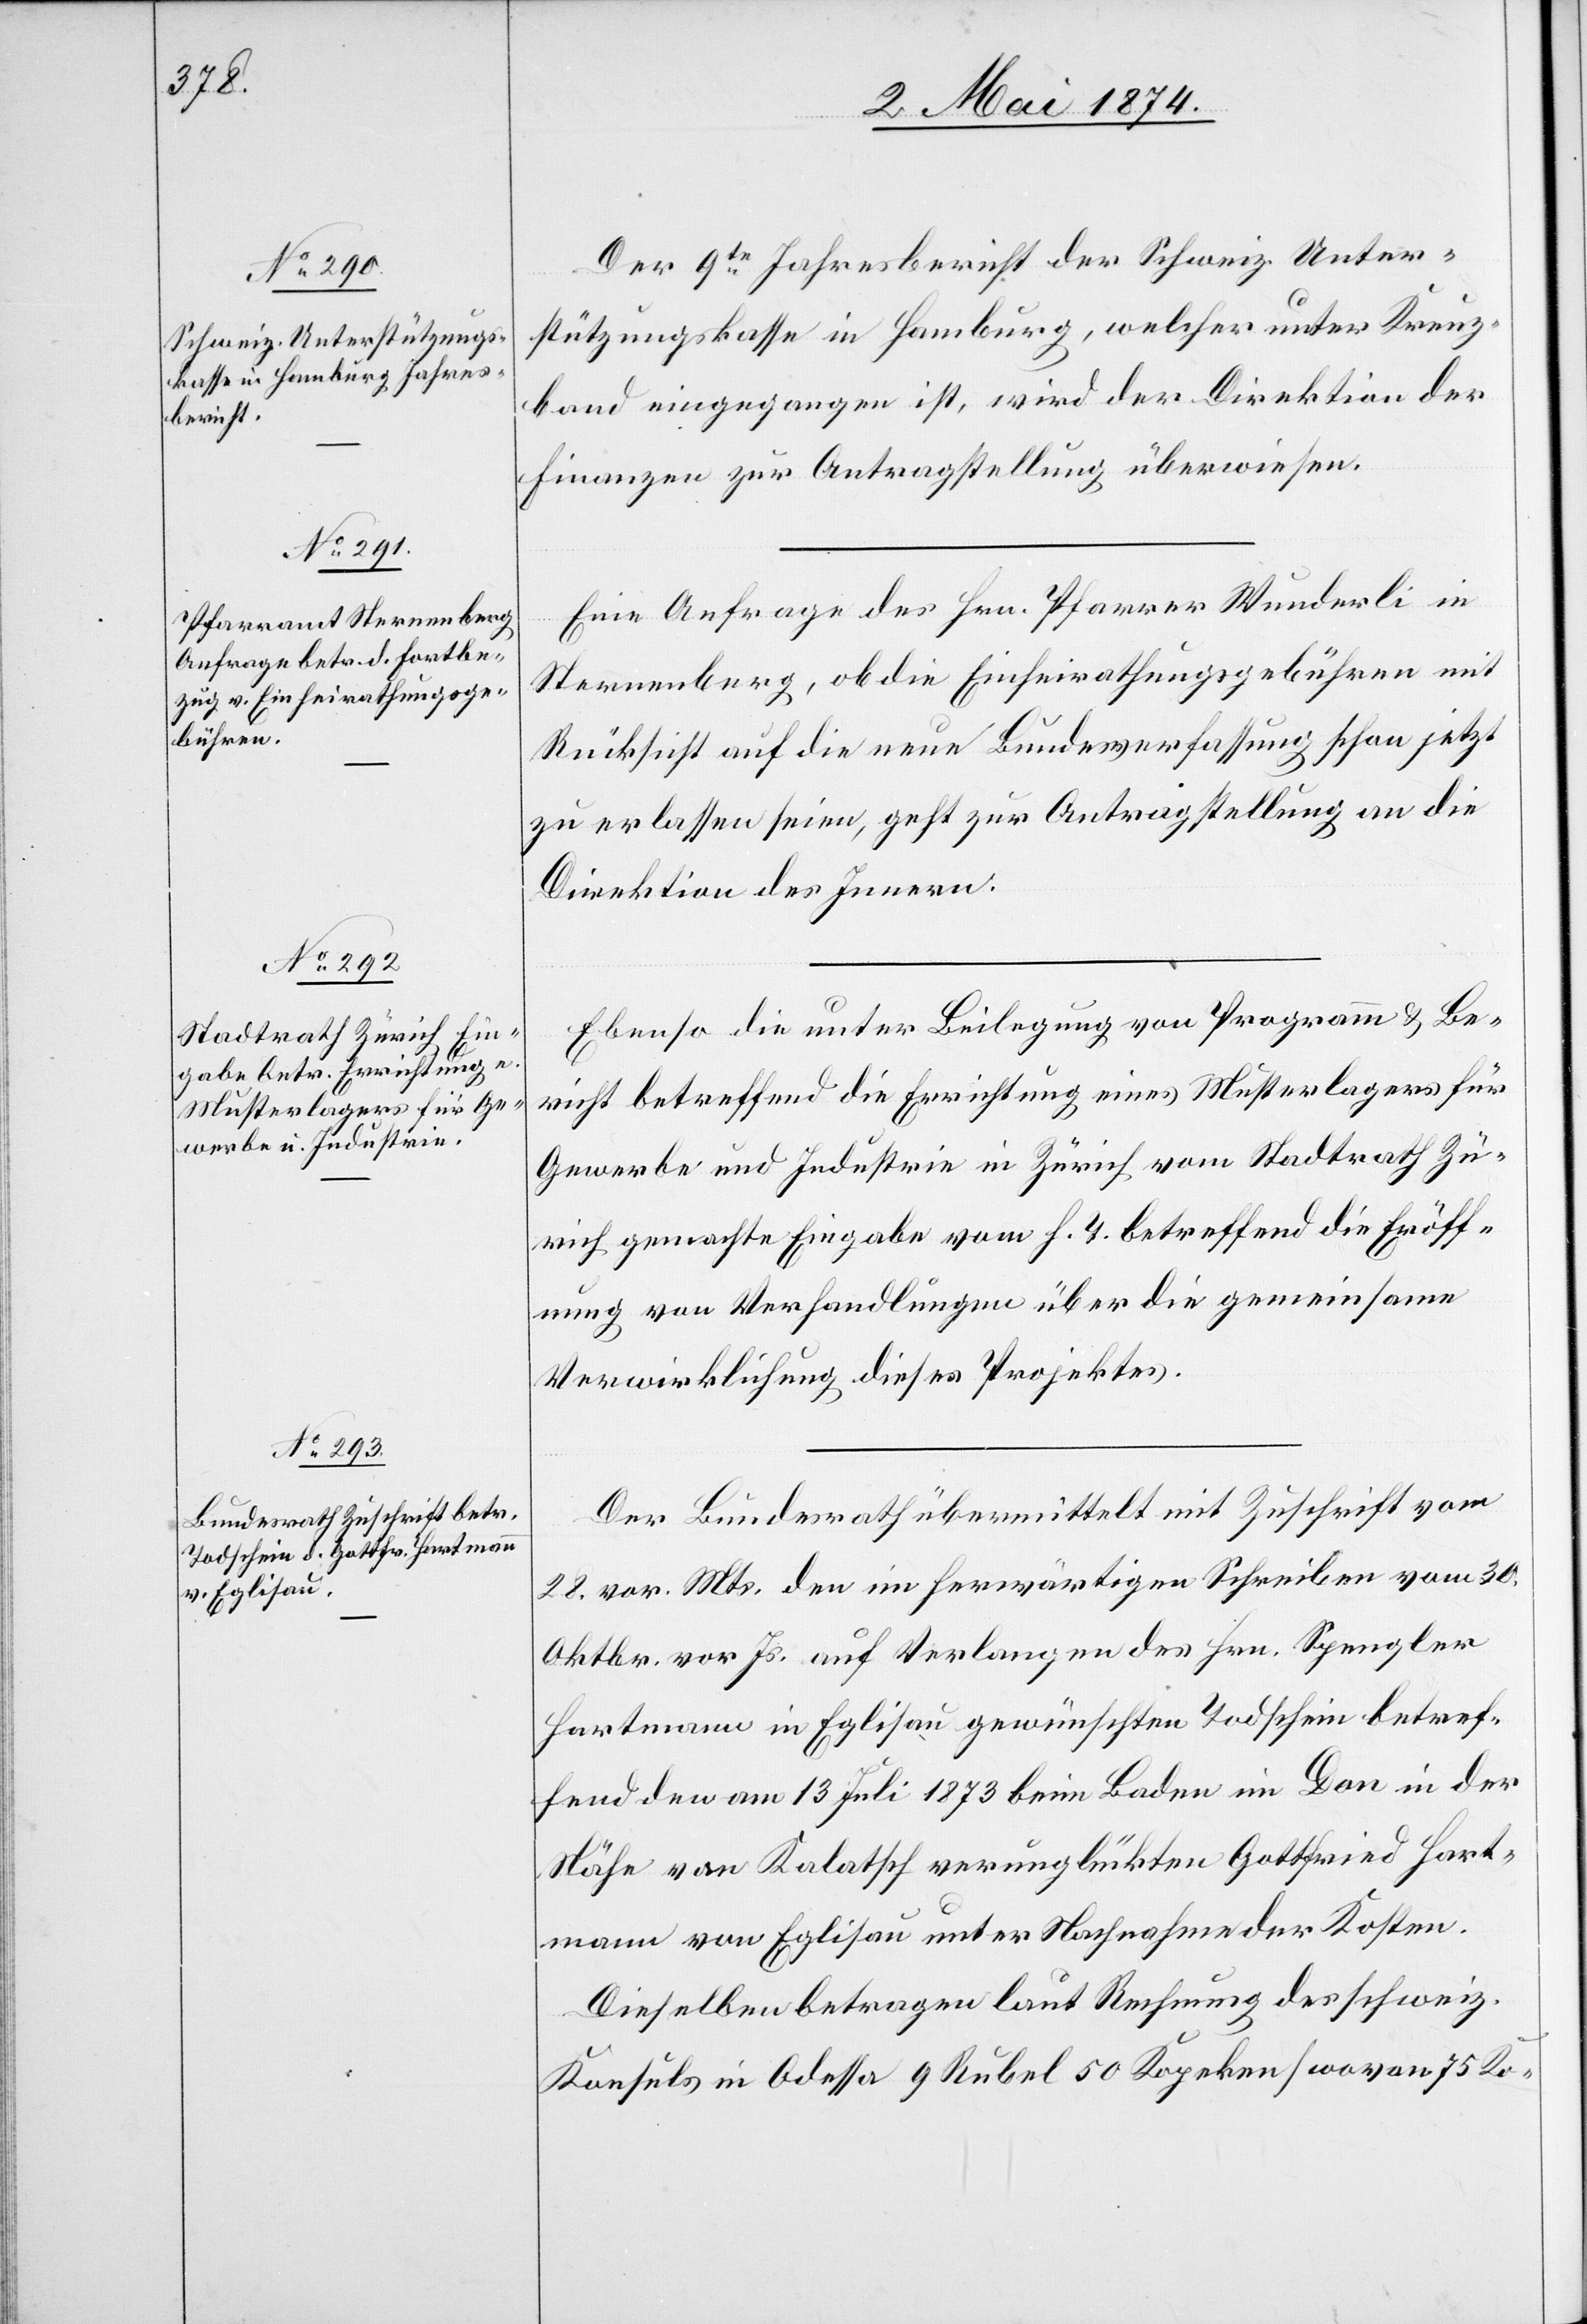
2. Mai 1874.]
Der 9te Jahresbericht der Schweiz. Unter¬
stützungskasse in Hamburg, welcher unter Kreuz¬
band eingegangen ist, wird der Direktion der
Finanzen zur Antragstellung überwiesen.
Eine Anfrage des Hrn. Pfarrer Wunderli in
Sternenberg, ob die Einheirathungsgebühren mit
Rücksicht auf die neue Bundesverfassung schon jetzt
zu erlassen seien, geht zur Antragstellung an die
Direktion des Innern.
Ebenso die unter Beilegung von Programm u. Be¬
richt betreffend die Errichtung eines Musterlagers für
Gewerbe und Industrie in Zürich vom Stadtrath Zü¬
rich gemachte Eingabe vom h. T. betreffend die Eröff¬
nung von Verhandlungen über die gemeinsame
Verwirklichung dieses Projektes.
Der Bundesrath übermittelt mit Zuschrift vom
28. vor. Mts. den im herwärtigen Schreiben vom 30.
Oktbr. vor. Js. auf Verlangen des Hrn. Spengler
Hartmann in Eglisau gewünschten Todschein betref¬
fend den am 13. Juli 1873 beim Baden im Don in der
Nähe von Kalatsch verunglükten Gottfried Hart¬
mann von Eglisau unter Nachnahme der Kosten.
Dieselben betragen laut Rechnung des schweiz.
Konsuls in Odessa 9 Rubel 50 Kopeken [wovon 75 Ko-